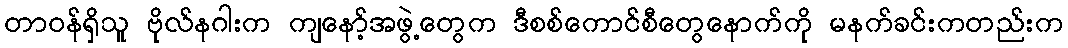
တာဝန်ရှိသူ ဗိုလ်နဂါးက ကျနော့်အဖွဲ့တွေက ဒီစစ်ကောင်စီတွေနောက်ကို မနက်ခင်းကတည်းက